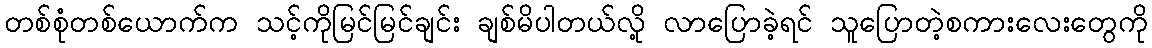
တစ်စုံတစ်ယောက်က သင့်ကိုမြင်မြင်ချင်း ချစ်မိပါတယ်လို့ လာပြောခဲ့ရင် သူပြောတဲ့စကားလေးတွေကို